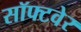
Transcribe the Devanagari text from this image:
सॉफ्‍टवेर